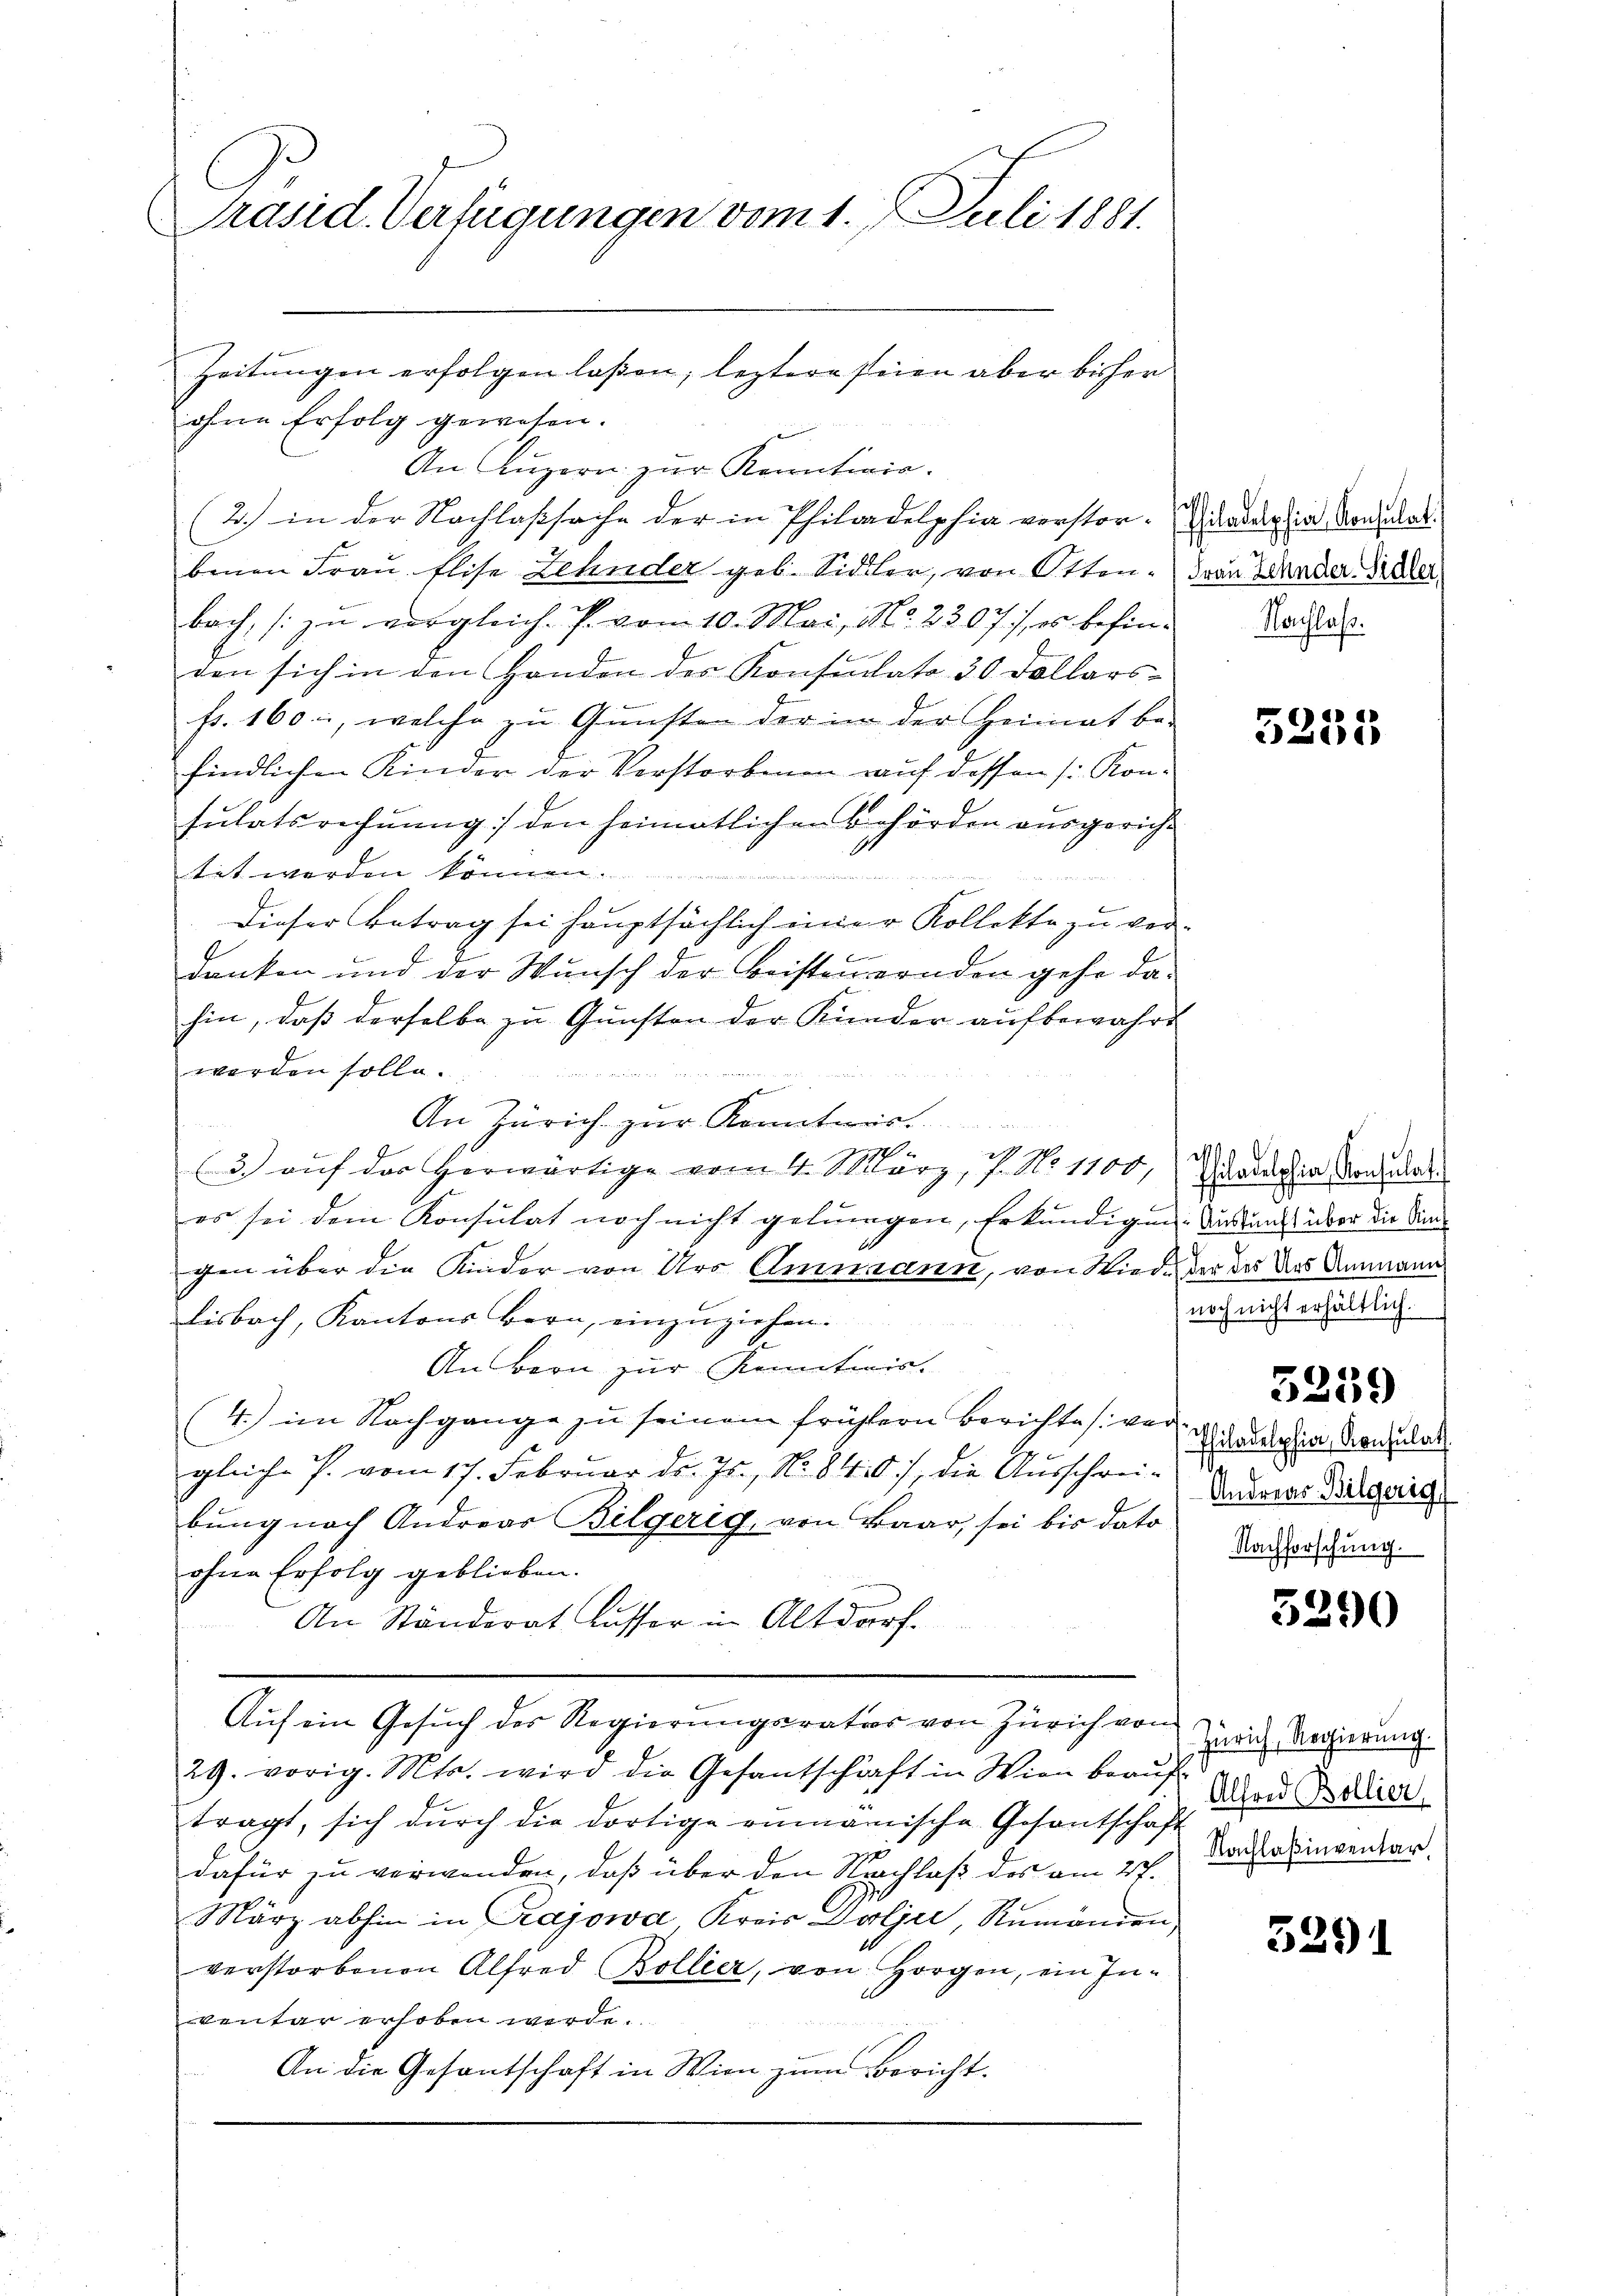
Präsid. Verfügungen vom 1. Juli 1881.

ohne Erfolg gewesen.
An Lŭzern zur Kenntiir.
(2.) in der Nachlaßsache der in Philadelphia verstor-dadar in Montales.
benen Frau Elise Zehnder geb. Sidler, von Otten. Frau Bahnder Sicher
bach, zu vergleich. P. vom 10. Mai, No. 2307/, es befinden sich in den Handen des Konsulato 20 Dollars
fr. 160, welche zu Gunsten der in der Heimat be-
findlichen Kinder der Verstorbenen auf dessen /: Kon-
sulatsrechnung :/ den heimatlichen Behörden ausgericht
tet werden können.
1
Dieser Betrag sei hauptsächlich einer Kollekte zu ver-
f
danken und der Wunsch der Beisteuernden gehe dahin, daß derselbe zu Gunsten der Kinder aufbewahrt
werden solle.
An Zürich zur Konntwer-
s
3. aŭf das herwärtige vom 4. März, 7. No. 1100,
es sei dem Konsulat noch nicht gelungen, Erkundigen Ausland über die Sinn
gen über die Kinder von Urs Ammann, von Wied¬
Lisbach, Kantons Bern, einzuziehen.
Aubern zur Kenntnis.
(4.) im Nachgange zu seinem frühern Berichtes ver
gleiche P. vom 17. Februar d. Js., No 8407, die Ausschreibung nach Andreas Bilgerig, von Baar, sei bis dato
ohne Erfolg geblieben.
An Ständerat Ausser in Altdorf.
Auf ein Gesuch des Regierungsrates von Zürich von
29. vorig. Mts. wird die Gesantschäft in Wien beaŭf
tragt, sich durch die dortige annämische Gesantschaft
dafür zu verwenden, daß über den Nachlaß des am 27.
März abhin in Rajowa, Kreis Dolje, Rumänien
verstorbenen Alfred Bollier, von Horgen, ein Inventar erhoben werde.
An die Gesantschaft in Wien zum Bericht.

Zeitungen erfolgen laßen; leztere seien aber bisher

Nachlaß.

5255

es
Philadelphia, Konsulat
der des Urs Ammann
noch nicht erhältlich.

5239

Philadelphia, Konsulat
Andreas Bilgerig
Nachforschung.

3290

Zürich, Regierung.
Alfond Bollier
Nachlaßinventar,

5291